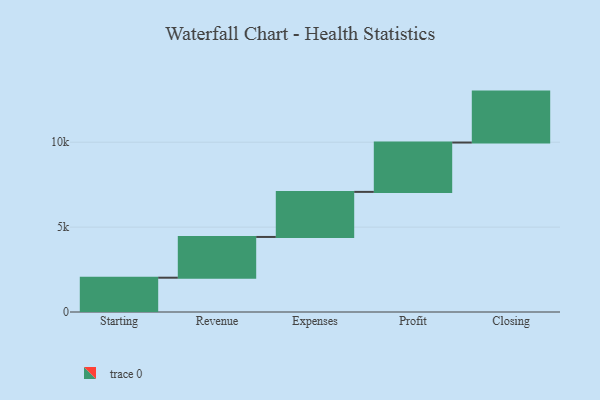
{"axis": {"x": "Step", "y": "Value"}, "legend": [""], "data": [{"x": "Starting", "y": 2020.0, "type": ""}, {"x": "Revenue", "y": 2400.0, "type": ""}, {"x": "Expenses", "y": 2654.0, "type": ""}, {"x": "Profit", "y": 2906.0, "type": ""}, {"x": "Closing", "y": 3000, "type": ""}]}